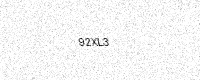
Text: 92XL3